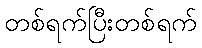
တစ်ရက်ပြီးတစ်ရက်